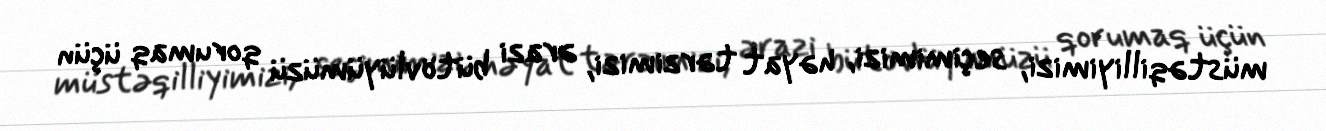
müstəqilliyimizi, seçimimizi, həyat tərzimizi, ərazi bütövlüyümüzü qorumaq üçün